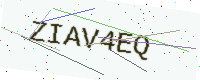
Text: ZIAV4EQ